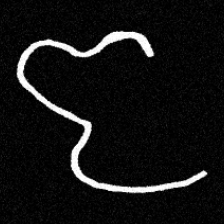
Pyu character \u2014 Myanmar letter: ဇ (romanized: ja)